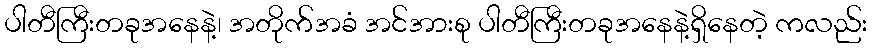
ပါတီကြီးတခုအနေနဲ့၊ အတိုက်အခံ အင်အားစု ပါတီကြီးတခုအနေနဲ့ရှိနေတဲ့ ကလည်း